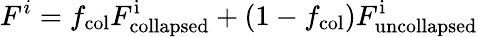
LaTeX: F^{i}=f_{\mathrm{col}}F_{\mathrm{collapsed}}^{\mathrm{i}}+(1-f_{\mathrm{col}})F_{\mathrm{uncollapsed}}^{\mathrm{i}}